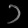
Digit: ၁